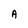
Character: A